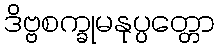
ဒိဗ္ဗစက္ခုမနုပ္ပတ္တော